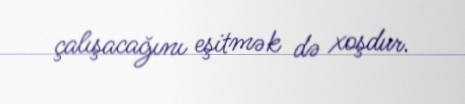
çalışacağını eşitmək də xoşdur.